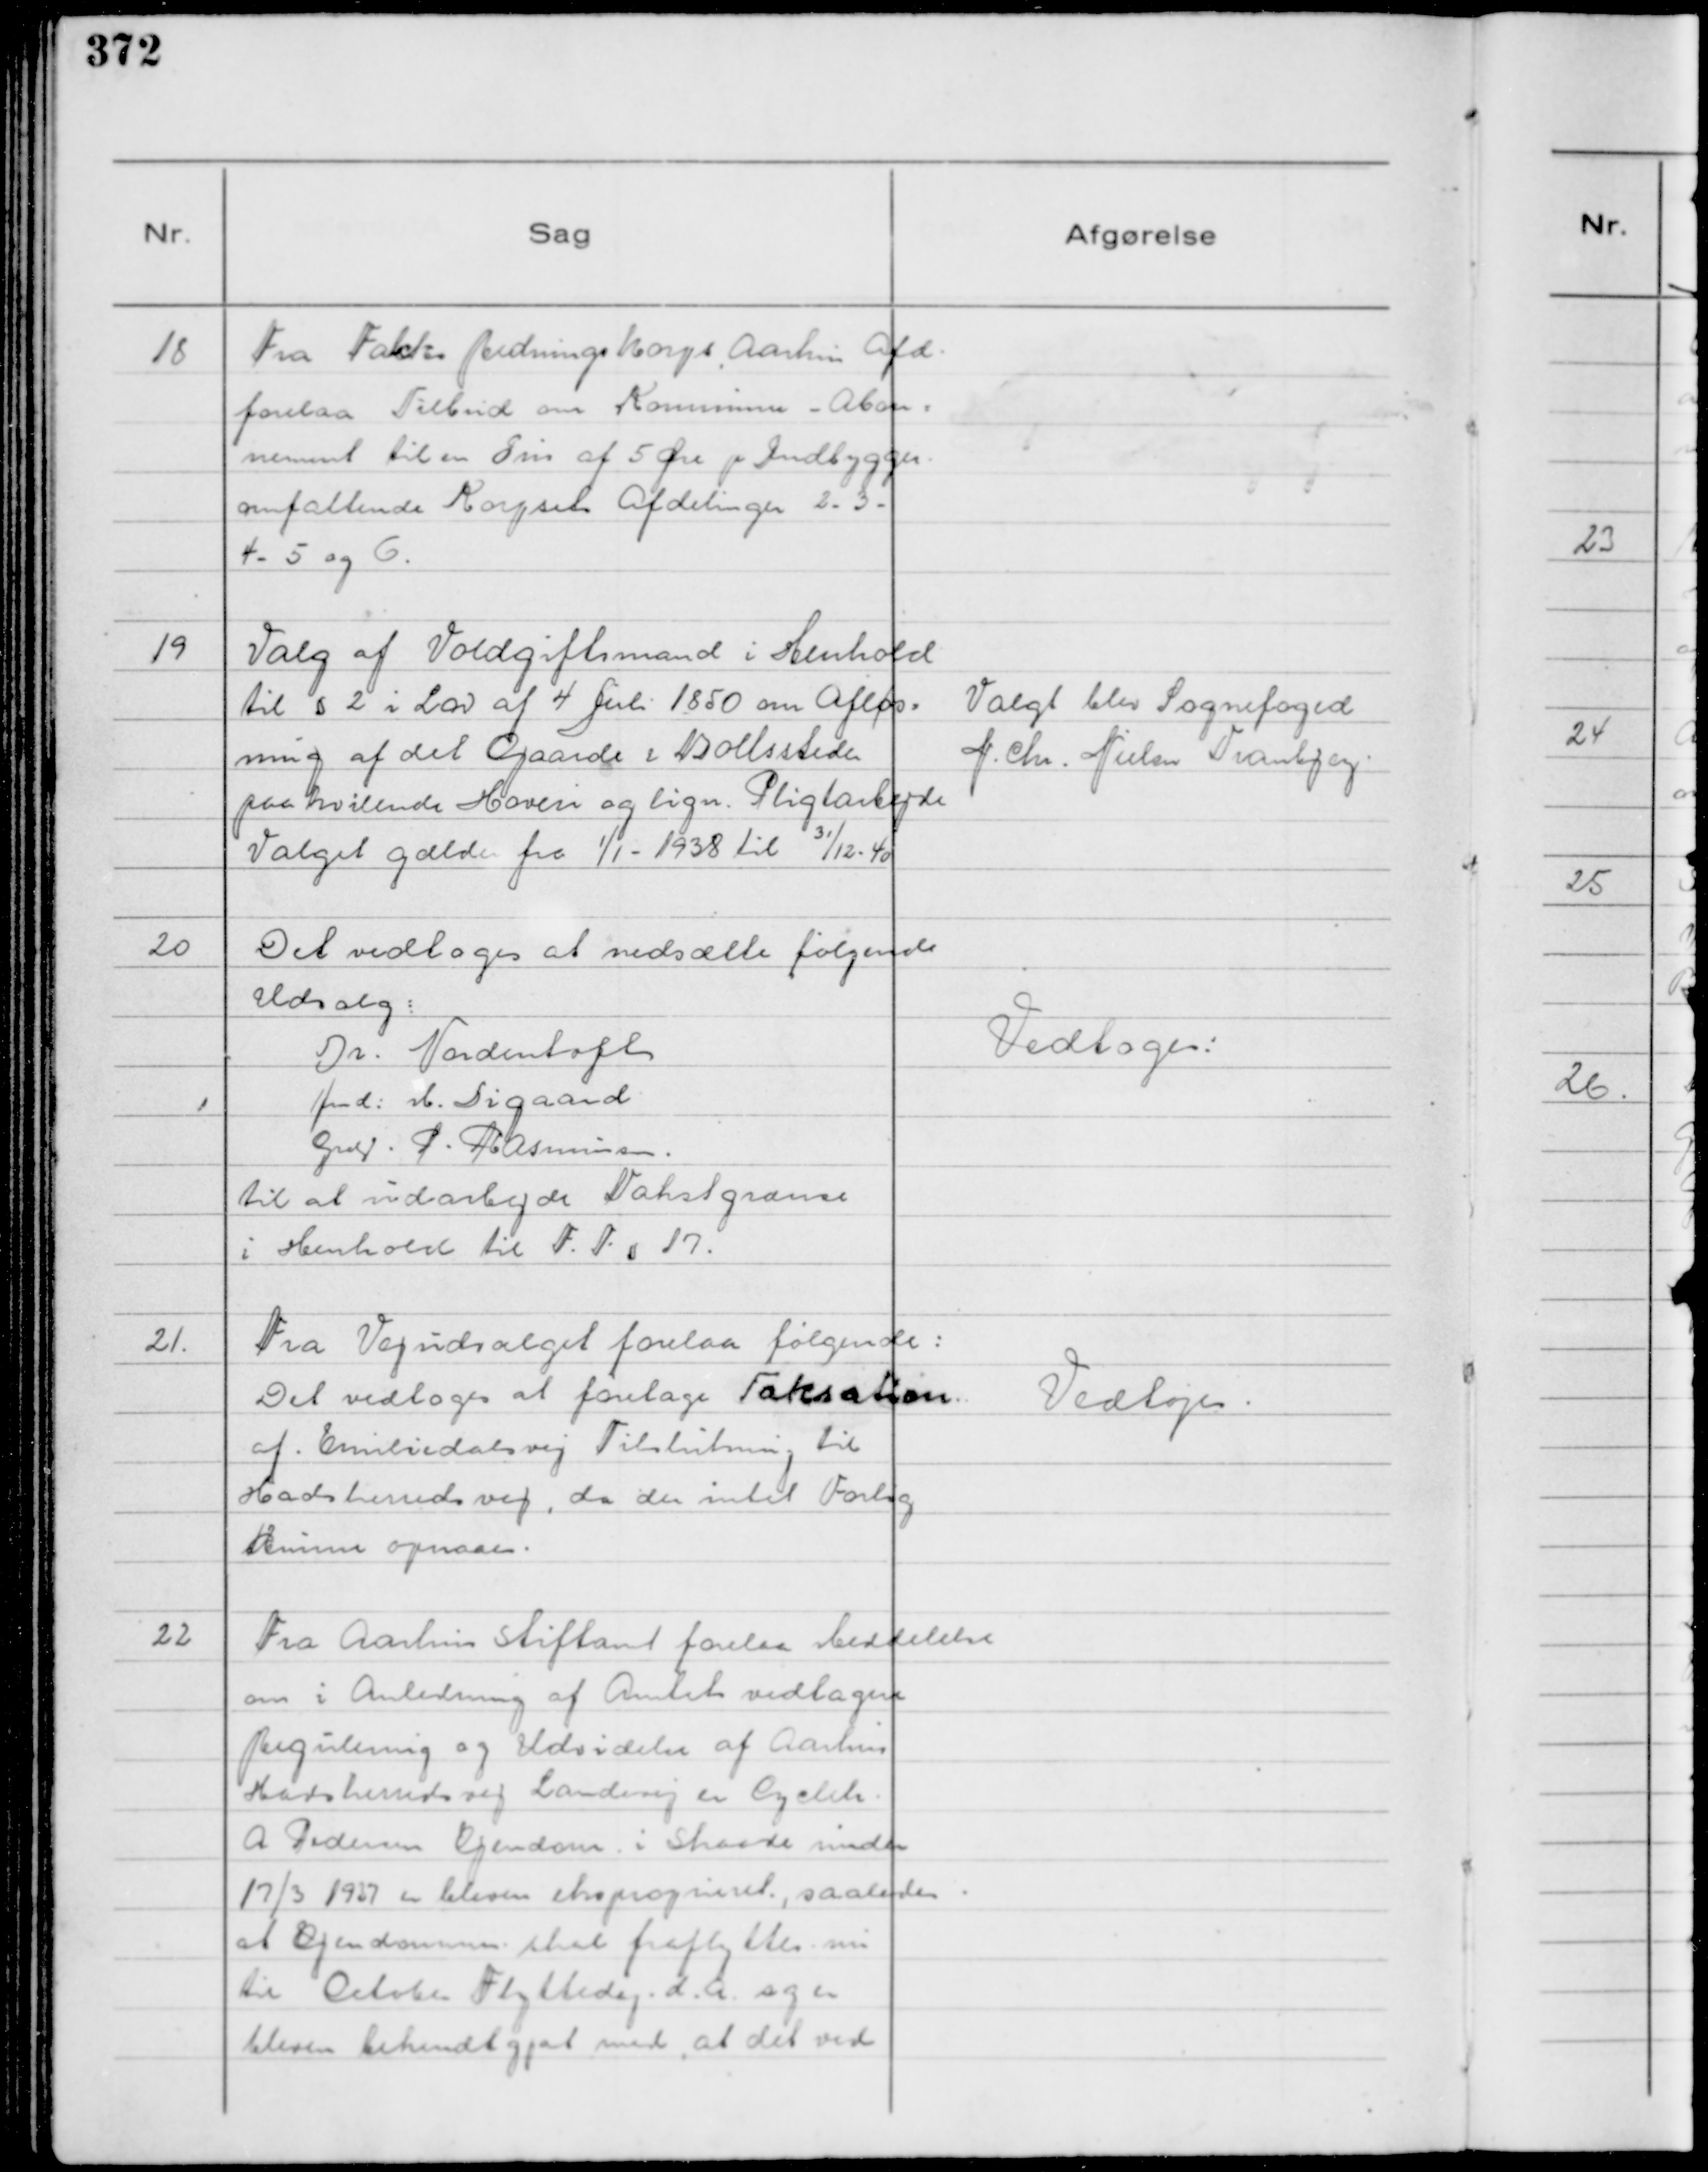
Transskription:
18
Fra Falcks Redningskorps, Aarhus Afd.
forelaa Tilbud om Kommune - Abon=
nement til en Pris af 5 Øre pr Indbygger.
omfattende Korpsets Afdelinger 2 - 3 -
4 - 5 og 6.

19
Valg af Voldgiftsmand i Henhold
til § 2 i Lov af 4 Juli 1850 om Afløs=
ning af det Gaarde & Boelssteder
paahvilende Hoveri og lign. Pligtarbejde
Valget gælder fra 1/1 - 1938 til

31/12 - 40

Valgt blev Sognefoged
N. Chr. Nielsen Tranbjerg.

20
Det vedtoges at nedsætte følgende
Udvalg:
Dr. Nordentoft
fmd: M. Sigaard
Grd. P Rasmussen.
til at udarbejde Takstgrænse
i Henhold til F. T. § 17.

Vedtoges:

21.
Fra Vejudvalget forelaa følgende:
Det vedtoges at foretage Taksation
af Emiliedalsvej. Tilslutning til
Hadsherredsvej, da der intet Forlig
kunne opnaaes.

Vedtoges.

22
Fra Aarhus Stiftamt forelaa Meddelelse
om i Anledning af Amtets vedtagne
Regulering og Udvidelse af Aarhus
Hadsherredsvej Landevej er Cycleh.
A Pedersen Ejendom i Skaade inden
17/3 1937 er bleven eksproprieret, saaledes
at Ejendommen skal fraflyttes nu
til October Flyttedag d. A. og er
bleven bekendtgjort med, at det ved